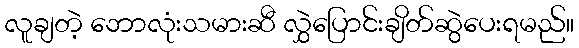
လူချတဲ့ ဘောလုံးသမားဆီ လွှဲပြောင်းချိတ်ဆွဲပေးရမည်။